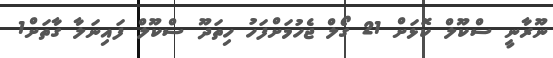
ނޫރާނީ ސްކޫލް ކޮޅަށް 21 ގޯލް ޖެހުމަށްފަހު ހިތަދޫ ސްކޫލް ފައިނަލާ ގާތަށް1